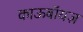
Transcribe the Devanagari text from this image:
काऊबॉयज़